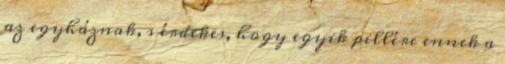
az egyháznak, s érdekes, hogy egyik pillére ennek a